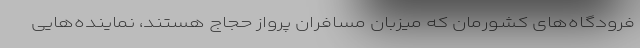
فرودگاه‌های کشورمان که میزبان مسافران پرواز حجاج هستند، نماینده‌هایی